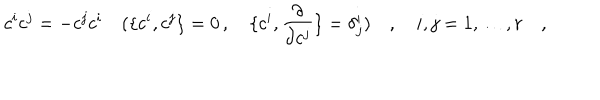
c ^ { i } c ^ { j } = - c ^ { j } c ^ { i } \quad ( \{ c ^ { i } , c ^ { j } \} = 0 \, , \quad \{ c ^ { i } , { \frac { \partial } { \partial c ^ { j } } } \} = \delta _ { j } ^ { i } ) \quad , \quad i , j = 1 , \dots , r \quad ,